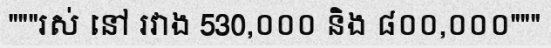
"""រស់ នៅ រវាង 530,០០០ និង ៨០០,០០០"""